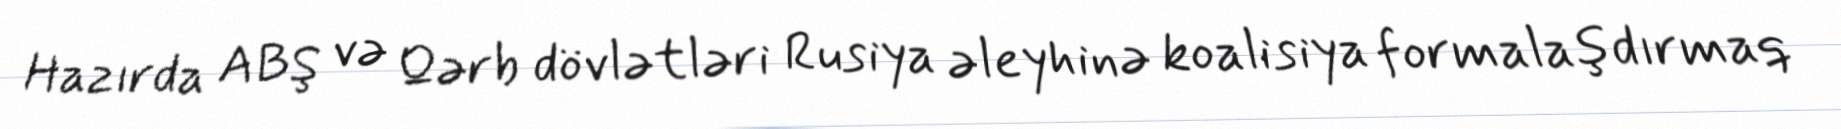
Hazırda ABŞ və Qərb dövlətləri Rusiya əleyhinə koalisiya formalaşdırmaq